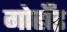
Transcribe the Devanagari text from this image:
गोहाँइ